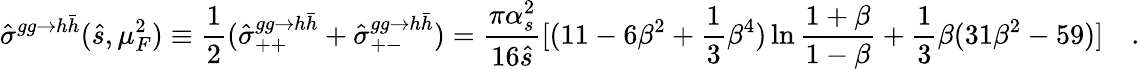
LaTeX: \hat{\sigma}^{gg\rightarrow h\bar{h}}(\hat{s},\mu_{F}^{2})\equiv{\frac{1}{2}}(\hat{\sigma}_{++}^{gg\rightarrow h\bar{h}}+\hat{\sigma}_{+-}^{gg\rightarrow h\bar{h}})={\frac{\pi\alpha_{s}^{2}}{16\hat{s}}}[(11-6\beta^{2}+{\frac{1}{3}}\beta^{4})\ln{\frac{1+\beta}{1-\beta}}+{\frac{1}{3}}\beta(31\beta^{2}-59)]\quad.